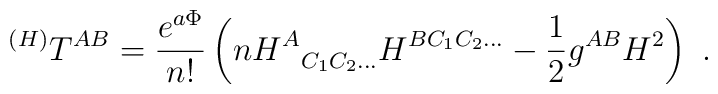
^{(H)}T^{AB} = {e^{a\Phi} \over n!} \left( n H^A_{~~C_1C_2\ldots}H^{BC_1C_2\ldots} - {1\over2} g^{AB} H^2 \right) \ .